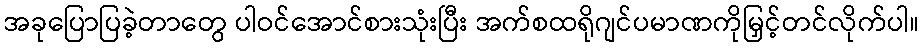
အခုပြောပြခဲ့တာတွေ ပါဝင်အောင်စားသုံးပြီး အက်စထရိုဂျင်ပမာဏကိုမြှင့်တင်လိုက်ပါ။